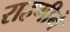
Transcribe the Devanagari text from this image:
राहणीने